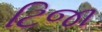
ટિજા